Annual administration report of the Civil Veterinary Department of India - 1893-1894
Year: 1893
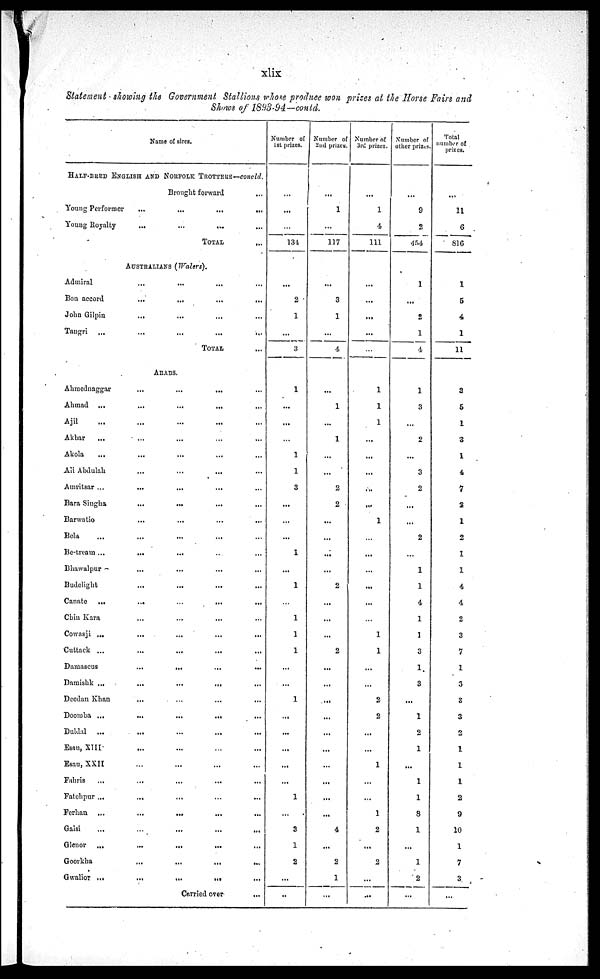
xlix
Statement showing the Government Stallions whose produce won prizes at the Horse Fairs and
Shows of 1893-94—contd.
Name of sires.
HALF-BRED ENGLISH, AND NORFOLK TROTTERS—concld.
Brought forward...
Young Performer ... ... ... ...
Young Royalty ... ... ... ...
TOTAL ...
AUSTRALIANS (Waters).
Admiral ... ... ... ...
Bon accord ... ... ... ...
John Gilpin ... ... ... ...
Tangri ... ... ... ... ...
TOTAL ..
ARABS.
Ahmednaggar ... ... ... ...
Ahmad ... ... ... ... ...
Ajil ... ... ... ...
Akbar ... ... ... ...
Akola ... ... ... ...
Ali Abdulah. ... ... ... ...
Amritsar ... ... ... ... ...
Bara Singha ... ... ... ...
Barwatio ... ... ... ...
Bela ... ... ... ...
Be-tream ... ... ... ... ...
Bhawalpur ... ... ... ...
Budelight ... ... ... ...
Canate ... ... ... ... ...
Chin Kara ... ... ... ...
Cowasji ... ... ... ... ...
Cuttack ... ... ... ... ...
Damascus ... ... ... ...
Damishk ... ... ... ... ...
Deedan Khan ... ... ... ...
Doomba ... ... ... ... ...
Duldal ... ... ... ... ...
Esau, XIII ... ... ... ...
Esau, XXII ... ... ... ...
Fahris ... ... ... ... ...
Fatehpur ... ... ... ... ...
Ferhan ... ... ... ...
Galsi ... ... ... ...
Glenor ... ... ... ... ...
Goorkha ... ... ... ...
Gwalior ... ... ... ... ...
Carried over ...
Number of
1st prizes.
...
...
...
134
...
2
1
...
3
1
...
...
1
1
3
...
...
...
1
...
1
1
1
1
...
...
1
...
...
...
...
...
1
...
3
1
2
...
...
Number of
2nd prizes.
...
1
...
117
...
3
1
4
...
1
...
I
...
...
2
2
...
...
...
...
2
...
...
...
2
...
...
...
...
...
...
...
...
...
4
...
2
1
...
Number of
3rd prizes.
...
1
4
111
...
...
...
...
1
1
1
...
...
...
...
...
1
...
...
...
1
1
...
...
2
2
...
1
...
1
2
...
2
...
...
Number of
other prizes.
...
9
2
454
1
...
2
1
4
1
3
...
2
...
3
2
...
...
2
1
1
4
1
1
3
1
3
...
1
2
1
...
1
1
8
1
...
1
2
...
Total
number of
prizes.
...
11
6
816
1
5
4
1
11
3
5
1
3
1
4
7
2
1
2
1
1
4
4
2
3
7
1
3
3
3
2
1
1
1
2
9
10
1
7
3
...